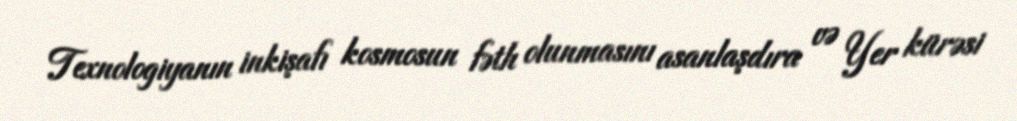
Texnologiyanın inkişafı kosmosun fəth olunmasını asanlaşdıra və Yer kürəsi